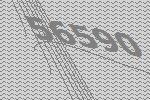
56590